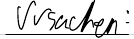
Ursachen: